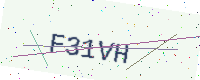
Text: F31VH